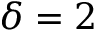
\delta = 2